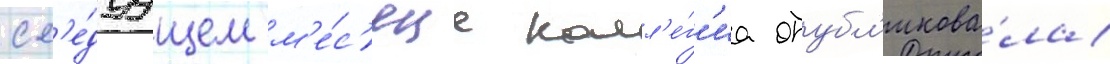
сл'е́дуущем м'е́с'яце колл'е́г'иа опубл'икова́ла